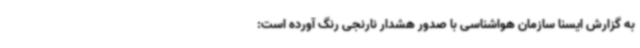
به گزارش ایسنا سازمان هواشناسی با صدور هشدار نارنجی رنگ آورده است: